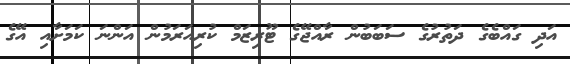
އަދި ގައްބެގެ ދަތުރުގެ ސަބަބުން ރާއްޖޭގެ ޓޫރިޒަމް ކުރިއަރަމުން އަންނަ ކަމަށާއި އޭގެ